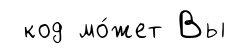
код мо́жет Вы